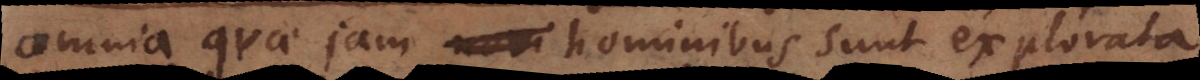
omnia quae jam hominibus sunt explorata